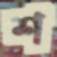
শ